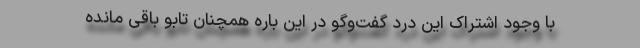
با وجود اشتراک این درد گفت‌و‌گو در این باره همچنان تابو باقی مانده